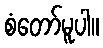
စံတော်မူပါ။